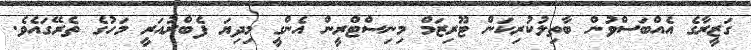
ގަޒީރާގެ އެއްބަސްވުން ބާތިލުކުރިކަން ޓޫރިޒަމް މިނިސްޓްރީން އެންގީ މިދިޔަ ފެބްރުއަރީ މަހުގެ ތެރޭގައެވެ.